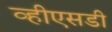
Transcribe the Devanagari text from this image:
व्हीएसडी